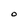
Character: O